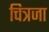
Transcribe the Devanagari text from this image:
चित्रजा